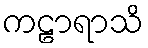
ကဠာရာသိ